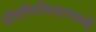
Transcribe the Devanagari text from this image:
ॲतनिमियामध्ये